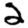
Digit: 2